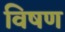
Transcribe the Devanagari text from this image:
विषण